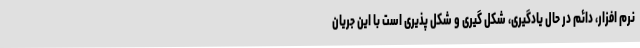
نرم افزار، دائم در حال یادگیری، شکل گیری و شکل پذیری است با این جریان